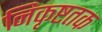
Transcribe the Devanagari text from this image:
निकृष्टतक